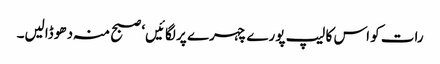
رات کو اس کا لیپ پورے چہرے پر لگائیں‘ صبح منہ دھو ڈالیں۔